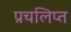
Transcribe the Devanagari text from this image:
प्रचलिप्त